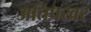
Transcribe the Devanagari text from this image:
अतिप्रखर